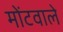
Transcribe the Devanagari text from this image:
मोंटवाले